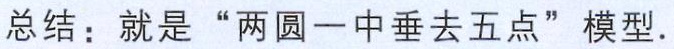
总结：就是“两圆一中垂去五点”模型.